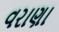
વરાણા